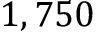
1 , 7 5 0